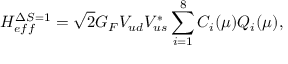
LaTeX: { \cal H } _ { e f f } ^ { \Delta S = 1 } = \sqrt { 2 } G _ { F } V _ { u d } V _ { u s } ^ { * } \sum _ { i = 1 } ^ { 8 } C _ { i } ( \mu ) Q _ { i } ( \mu ) ,